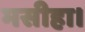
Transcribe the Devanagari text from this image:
मसीहा।